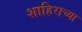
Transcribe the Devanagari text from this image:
शाहिराच्या